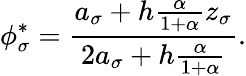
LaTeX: \phi_{\sigma}^{*}=\frac{a_{\sigma}+h\frac{\alpha}{1+\alpha}z_{\sigma}}{2a_{\sigma}+h\frac{\alpha}{1+\alpha}}.